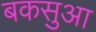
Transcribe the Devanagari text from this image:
बकसुआ